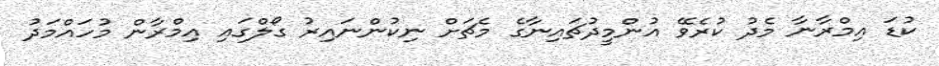
ކުޑަ އިމްރާނާ މެދު ކުރެވޭ އުންމީދުޗައިނާގެ މެޗަށް ނިކުންނައިރު ގޯލްގައި އިމްރާން މުހައްމަދު